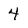
Character: 4